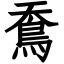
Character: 鴌